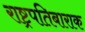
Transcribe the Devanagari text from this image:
राष्ट्रपतिबाराक